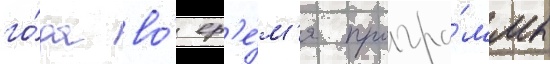
го́да во́ вр'е́м'я програ́ммы